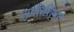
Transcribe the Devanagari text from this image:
आनिशि्चत